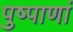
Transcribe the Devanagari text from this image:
पुष्पाणां